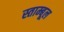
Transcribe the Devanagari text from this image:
स्ताम्बूल